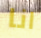
انا